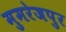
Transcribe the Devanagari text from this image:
मुमरेजपुर